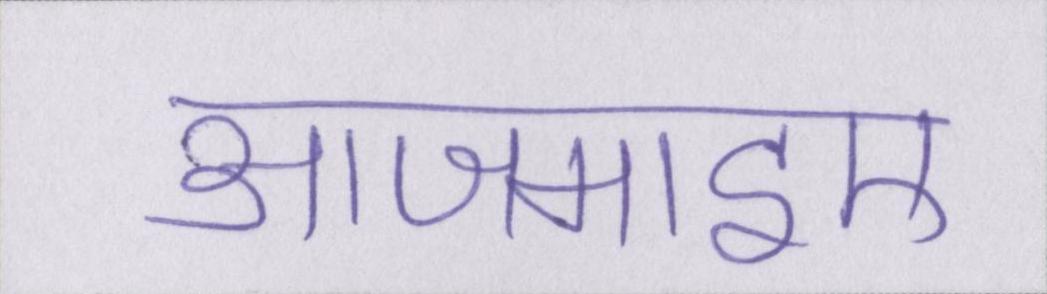
आजमाइए